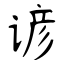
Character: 谚